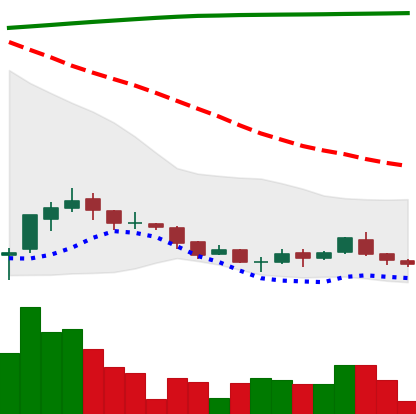
Ticker: ADA-USD
Chart end date: 2018-04-06
Forward return: 14.938%
Label: up_7plus